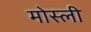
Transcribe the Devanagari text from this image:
मोस्ली